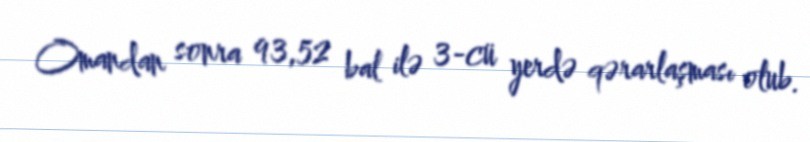
Omandan sonra 93,52 bal ilə 3-cü yerdə qərarlaşması olub.